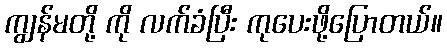
ကျွန်မတို့ ကို လက်ခံပြီး ကုပေးဖို့ပြောတယ်။